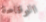
الوقاحة